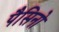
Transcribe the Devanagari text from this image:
पैसिनो